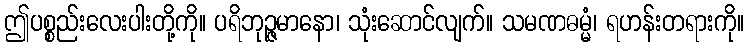
ဤပစ္စည်းလေးပါးတို့ကို။ ပရိဘုဉ္ဇမာနော၊ သုံးဆောင်လျက်။ သမဏဓမ္မံ၊ ရဟန်းတရားကို။